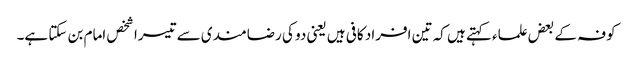
کوفہ کے بعض علماء کہتے ہیں کہ تین افراد کافی ہیں یعنی دو کی رضامندی سے تیسرا شخص امام بن سکتا ہے۔